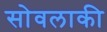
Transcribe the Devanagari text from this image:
सोवलाकी